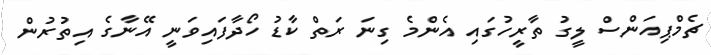
ޗެމްޕިއަންސް ލީގު ތާރީހުގައި އެންމެ ގިނަ ރަތް ކާޑު ހޯދާފައިވަނީ އޭނާގެ އިތުރުން